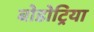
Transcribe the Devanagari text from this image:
बोडोट्रिया